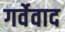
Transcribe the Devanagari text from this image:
गर्वेवाद